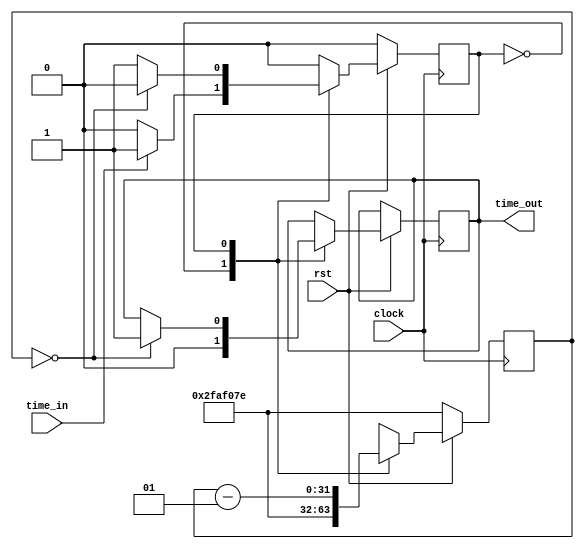
module timecount(time_in,time_out,clock,rst);
 input time_in,clock,rst;
 output reg time_out;

 integer count;
 reg [0:0] state;
 parameter INIT=0,begin_count=1;

always @(posedge clock)
begin
if(rst==0)
begin
 count<=49999998;
 state<=INIT;
end
else
begin
case(state)
INIT:
 begin
 time_out<=0;
 count<=49999998;
 if(time_in==1)
  state<=begin_count;
end
begin_count:
begin
count<=count-1;
if(count==0)
begin
 time_out<=1;
 state<=INIT;
end
end
endcase
end
end
endmodule